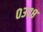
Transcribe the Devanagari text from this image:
०३७८